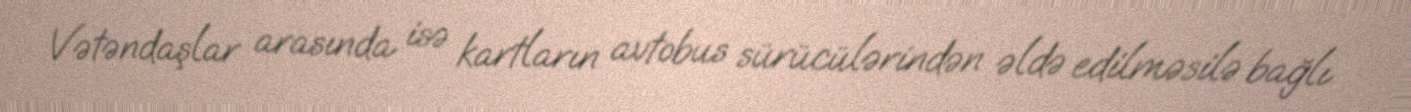
Vətəndaşlar arasında isə kartların avtobus sürücülərindən əldə edilməsilə bağlı